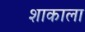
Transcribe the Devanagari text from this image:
शाकाला